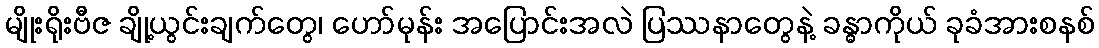
မျိုးရိုးဗီဇ ချို့ယွင်းချက်တွေ၊ ဟော်မုန်း အပြောင်းအလဲ ပြဿနာတွေနဲ့ ခန္ဓာကိုယ် ခုခံအားစနစ်